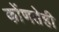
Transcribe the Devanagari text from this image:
कोंणतेही